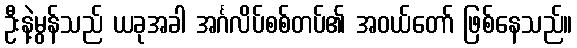
ဦးနဲ့မွန်သည် ယခုအခါ အင်္ဂလိပ်စစ်တပ်၏ အဝယ်တော် ဖြစ်နေသည်။